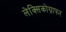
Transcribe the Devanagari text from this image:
लेक्सिकोग्राफर